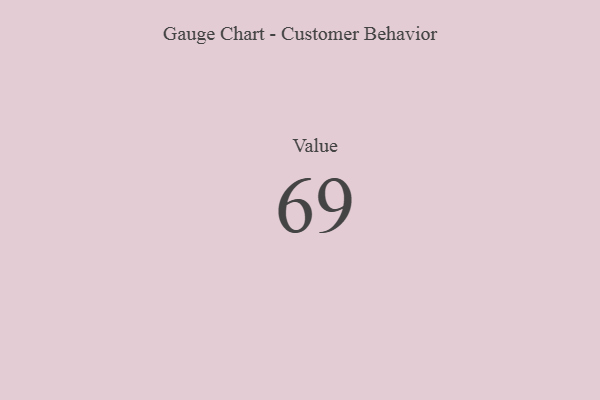
{"axis": {"x": "Metric", "y": "Value"}, "legend": [""], "data": [{"x": "Value", "y": 69, "type": ""}]}